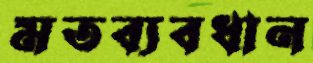
মতব্যবধান